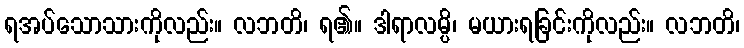
ရအပ်သောသားကိုလည်း။ လဘတိ၊ ရ၏။ ဒါရာလမ္ပိ၊ မယားရခြင်းကိုလည်း။ လဘတိ၊